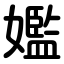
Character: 㜮